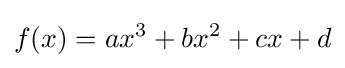
f(x)=ax^{3}+bx^{2}+cx+d